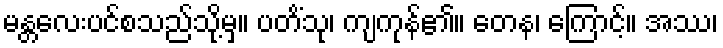
မန္တလေးပင်စသည်သို့မှ။ ပတိံသု၊ ကျကုန်၏။ တေန၊ ကြောင့်။ အဿ၊